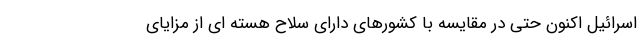
اسرائیل اکنون حتی در مقایسه با کشورهای دارای سلاح هسته ای از مزایای